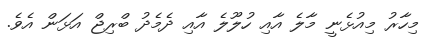
މިހާރު މިއުޅެނީ މާލެ އާއި ހުލޫލެ އާއި ދެމެދު ބްރިޖް އަޅަން އެވެ.